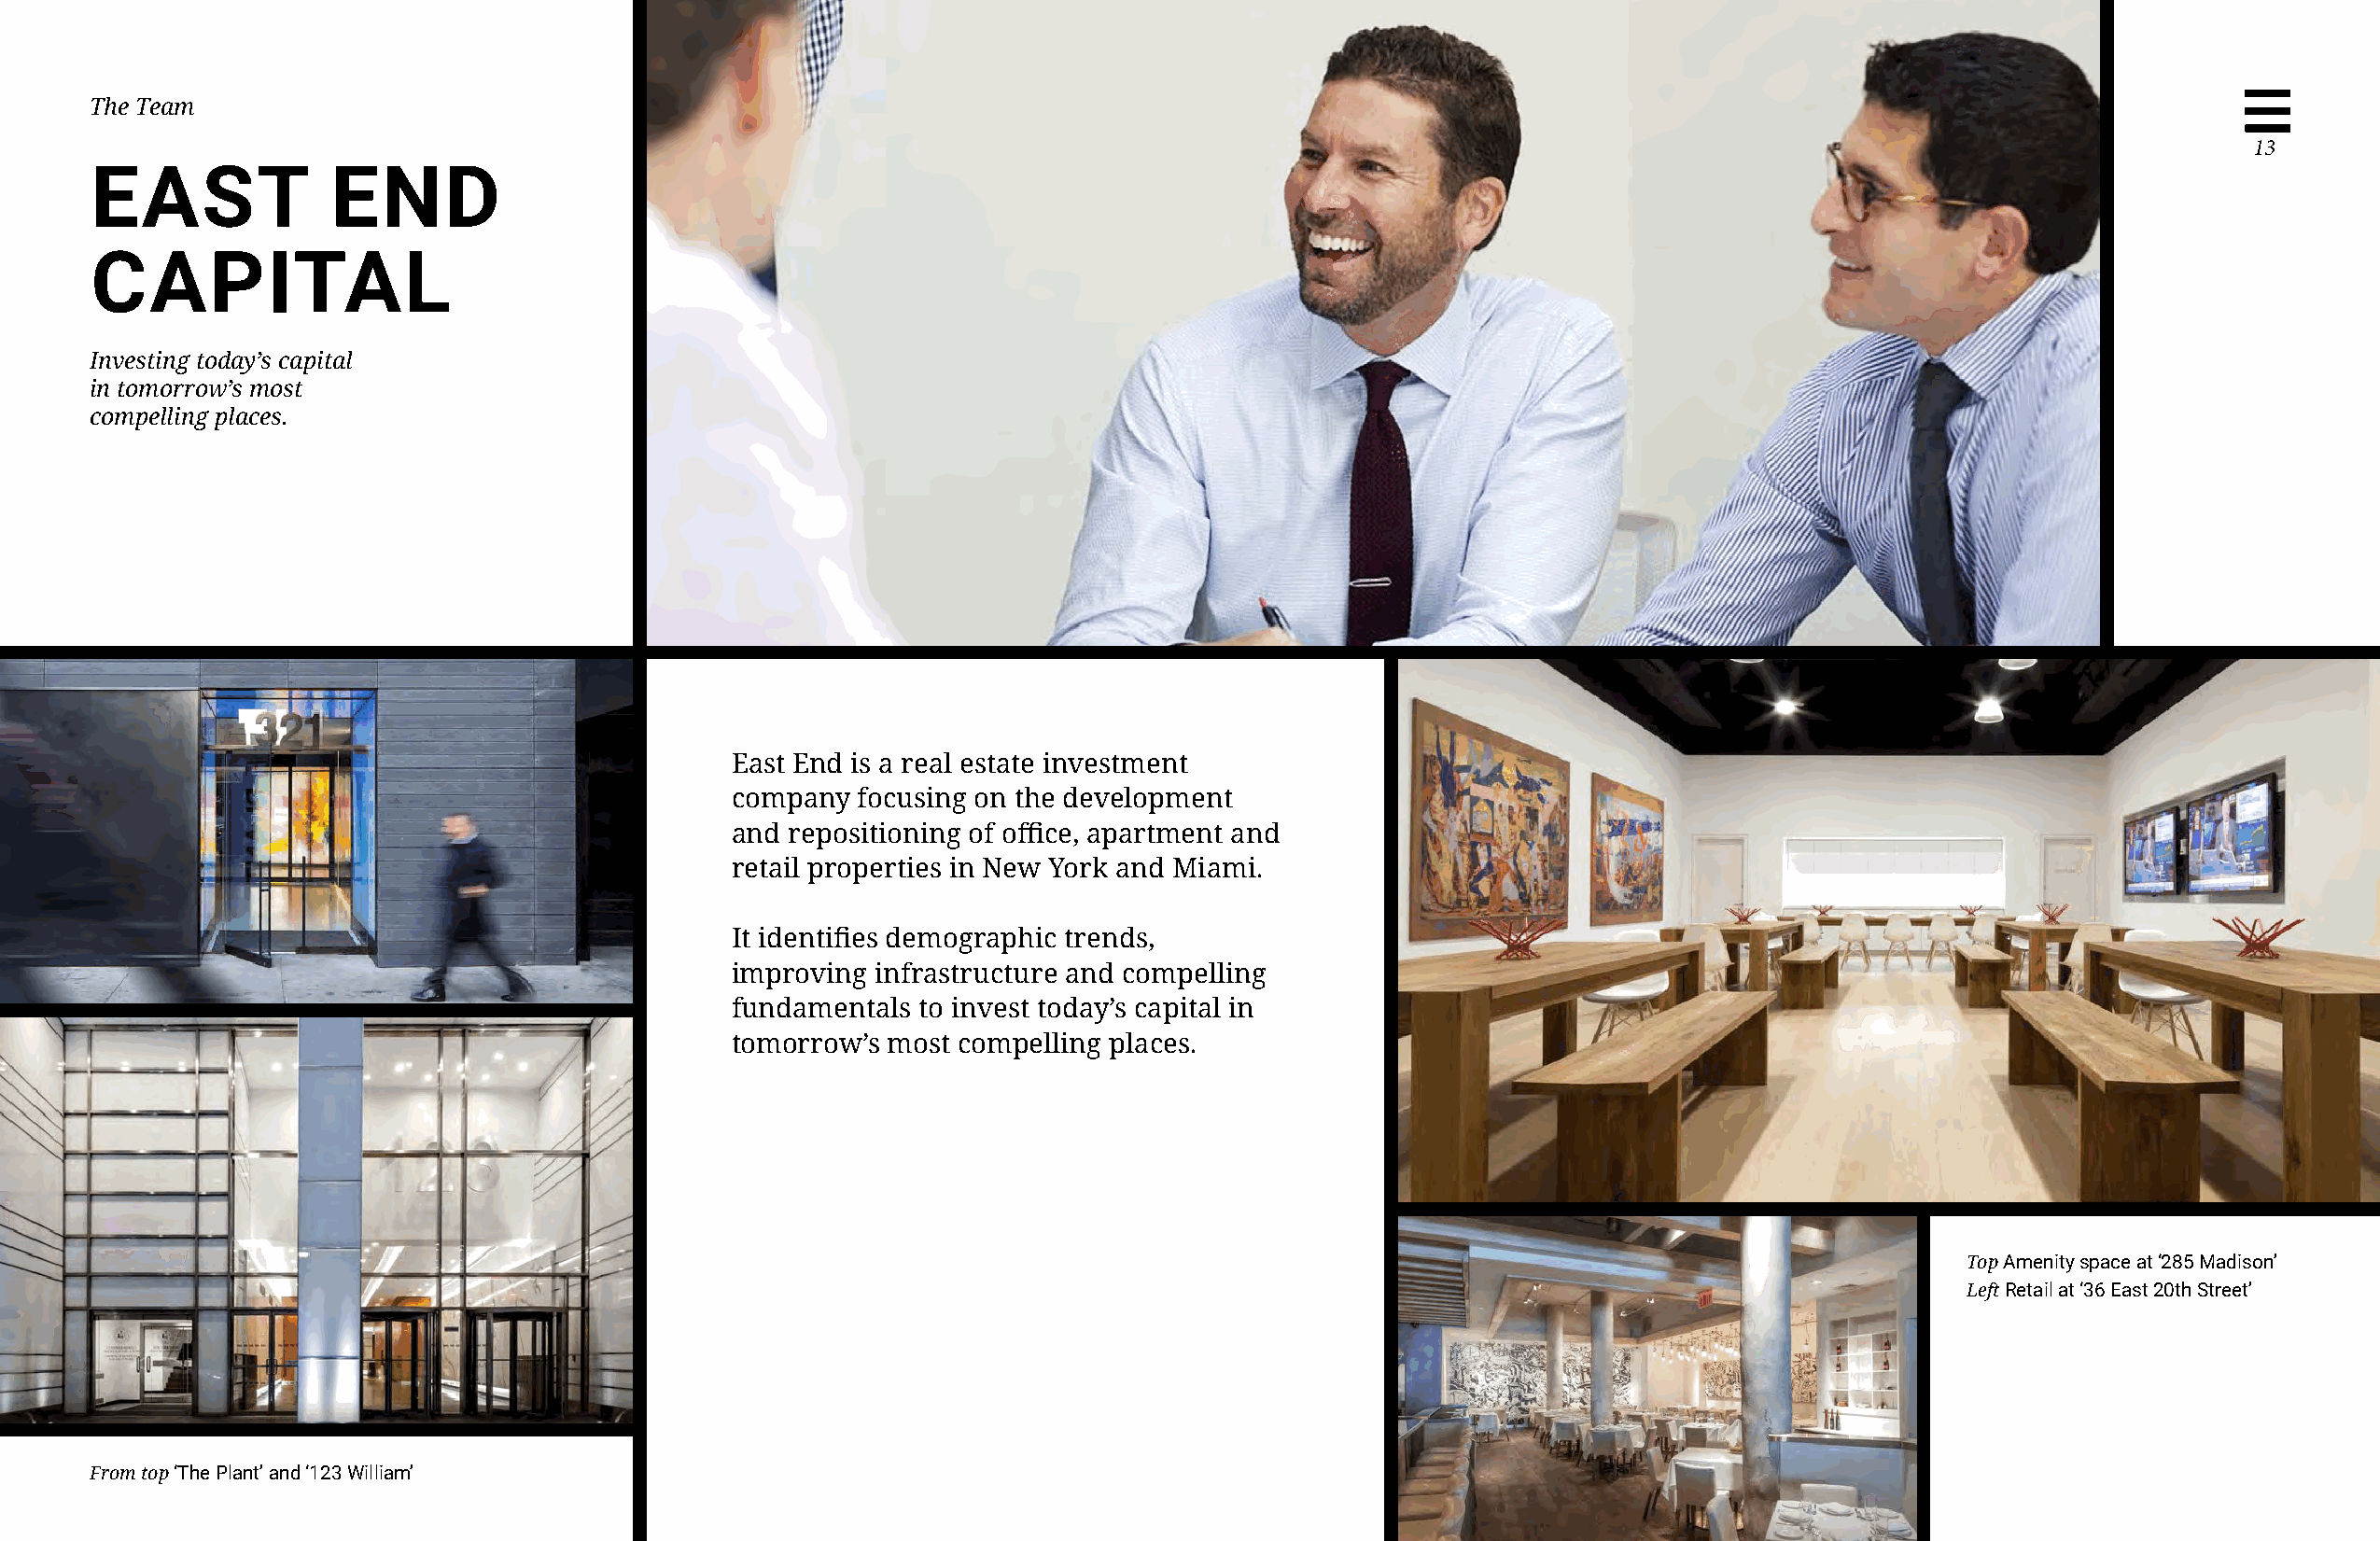
The Team
 13
 EAST             END
 CAPITAL
 Investing today’s capital
 in tomorrow’s most
 compelling places.
 East End is a real estate investment
 company  focusing on the development
 and repositioning of office, apartment and
 retail properties in New York and Miami.
 It identifies demographic trends,
 improving infrastructure and compelling
 fundamentals to invest today’s capital in
 tomorrow’s most compelling places.
 Top Amenity space at ‘285 Madison’
 Left Retail at ‘36 East 20th Street’
 From top ‘The Plant’ and ‘123 William’